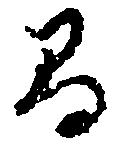
間